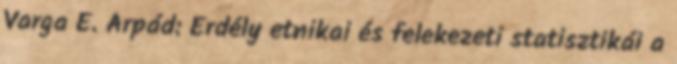
Varga E. Árpád: Erdély etnikai és felekezeti statisztikái a